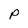
Character: P